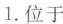
1.位于